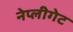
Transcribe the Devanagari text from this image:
नेप्लीगेट